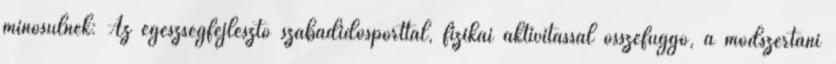
minősülnek: Az egészségfejlesztő szabadidősporttal, fizikai aktivitással összefüggő, a módszertani